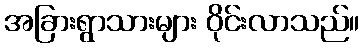
အခြားရွာသားများ ဝိုင်းလာသည်။